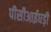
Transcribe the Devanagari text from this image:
पीसीआईघड़ी